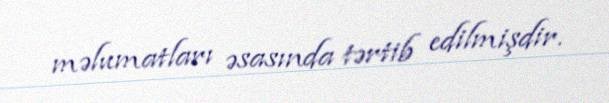
məlumatları əsasında tərtib edilmişdir.